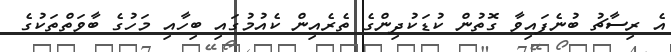
އެ ރިސާޗު ބުނެފައިވާ ގޮތުން ކުޑަކުދިންގެ ތެރެއިން ކެެއުމުގައި ބިހާއި މަހުގެ ބާވަތްތަކުގެ